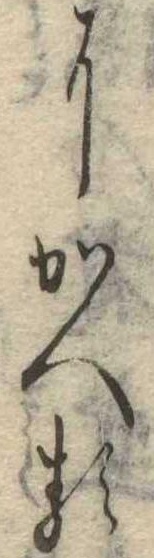
にかへる